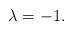
LaTeX: \begin{align*}\lambda = -1.\end{align*}